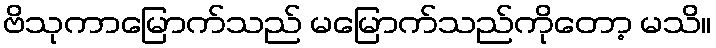
ဗိသုကာမြောက်သည် မမြောက်သည်ကိုတော့ မသိ။